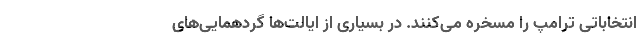
انتخاباتی ترامپ را مسخره می‌کنند. در بسیاری از ایالت‌ها گردهمایی‌های